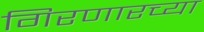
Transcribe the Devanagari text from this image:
गिरणारच्या